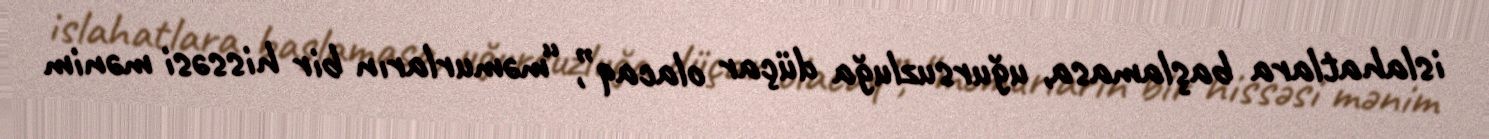
islahatlara başlamasa, uğursuzluğa düçar olacaq”, “məmurların bir hissəsi mənim